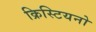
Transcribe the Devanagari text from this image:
क्रिस्टियनो